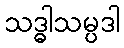
သဒ္ဓါသမ္ပဒါ